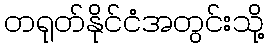
တရုတ်နိုင်ငံအတွင်းသို့